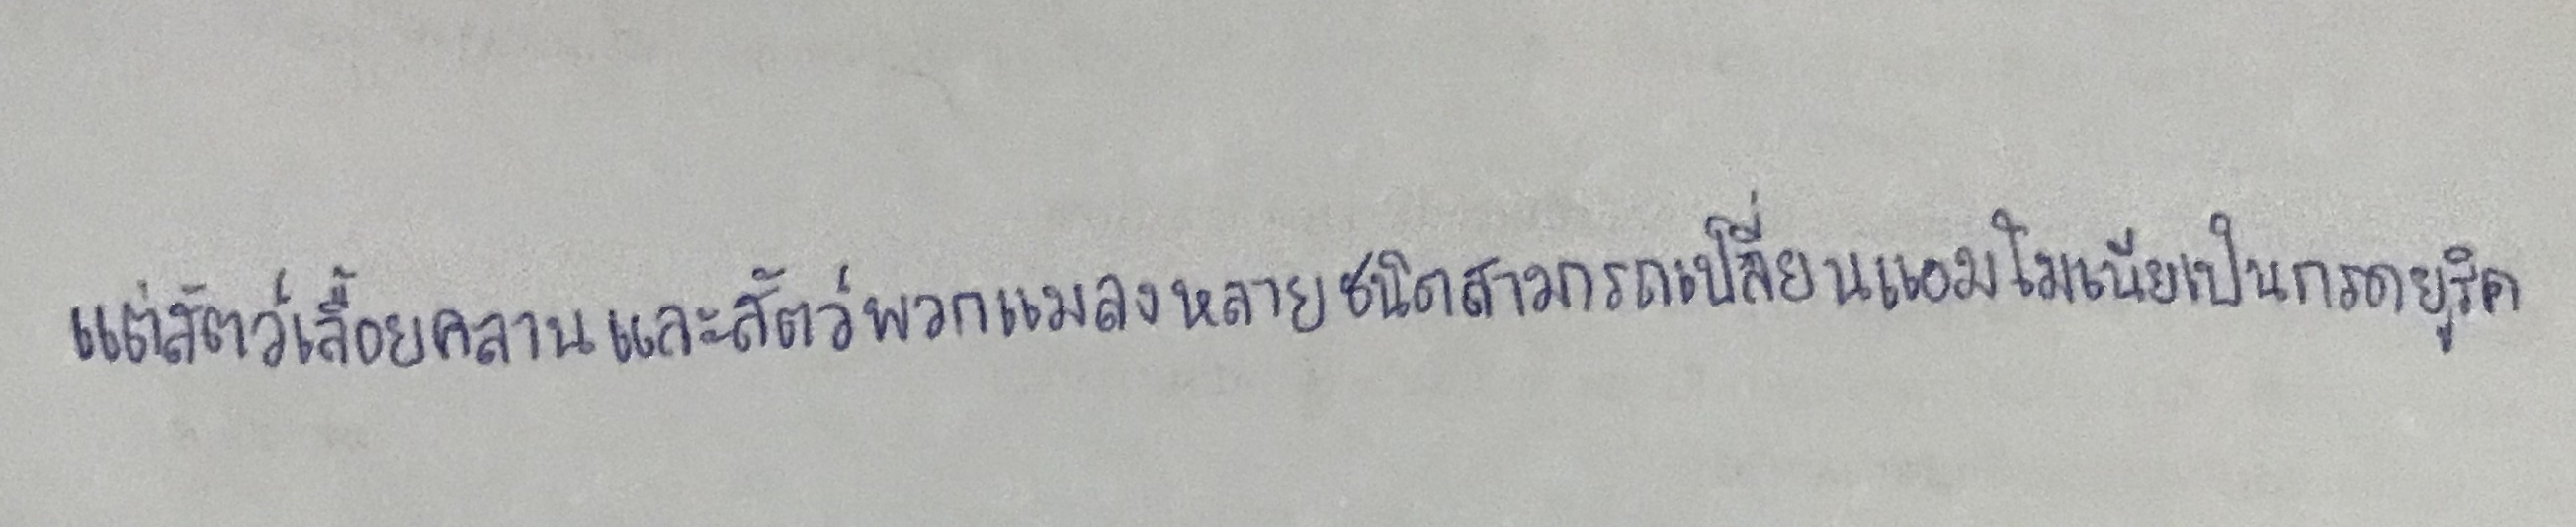
แต่สัตว์เลื้อยคลานและสัตว์พวกแมลงหลายชนิดสามารถเปลี่ยนแอมโมเนียเป็นกรดยูริค